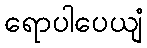
ရောပါပေယျံ